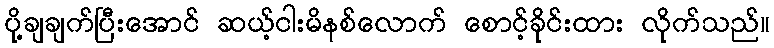
ပို့ချချက်ပြီးအောင် ဆယ့်ငါးမိနစ်လောက် စောင့်ခိုင်းထား လိုက်သည်။